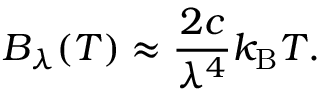
\qquad B _ { \lambda } ( T ) \approx { \frac { 2 c } { \lambda ^ { 4 } } } k _ { \mathrm { B } } T .